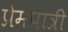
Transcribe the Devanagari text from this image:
प्रेमपात्री